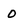
Character: 0